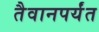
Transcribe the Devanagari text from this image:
तैवानपर्यंत